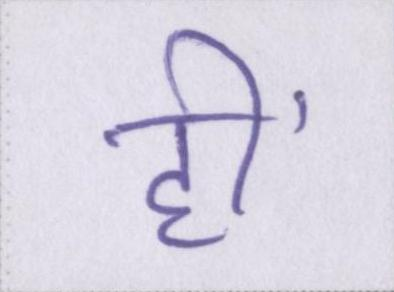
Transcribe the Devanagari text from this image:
हीं